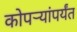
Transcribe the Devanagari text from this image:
कोपर्‍यांपर्यंत